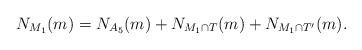
LaTeX: \begin{align*}N_{M_1}(m) = N_{A_5}(m) + N_{M_1\cap T}(m) + N_{M_1 \cap T'}(m).\end{align*}